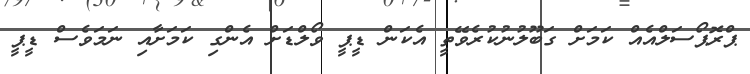
ޕްރޮޕޯސަލްއެއް ކަމަށް ގަބޫލުނުކުރެވޭތީ އެކަން ޑީޕީ ވޯލްޑަށް އެންގި ކަމަށާއި ނަމަވެސް ޑީޕީ